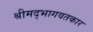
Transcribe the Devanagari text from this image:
श्रीमद्‌भागवतकार